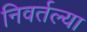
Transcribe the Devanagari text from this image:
निवर्तल्या